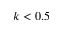
k < 0 . 5